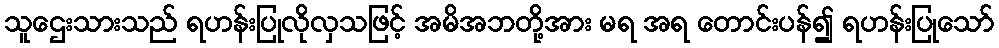
သူဌေးသားသည် ရဟန်းပြုလိုလှသဖြင့် အမိအဘတို့အား မရ အရ တောင်းပန်၍ ရဟန်းပြုသော်